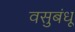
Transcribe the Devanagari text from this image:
वसुबंधू